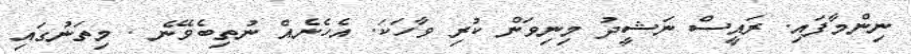
ނިންމާފައި. ރައީސް ނަޝީދު މިނިވަން ކުރި ވާހަކަ. އެހެނެއް ނުތިބެވޭނެ . މިތަނުގައި